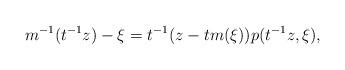
LaTeX: \begin{align*}m^{-1}(t^{-1}z) - \xi = t^{-1}(z - tm(\xi))p(t^{-1}z,\xi),\end{align*}